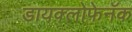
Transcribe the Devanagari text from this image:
डायक्लोफेनॅक